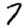
Digit: 7